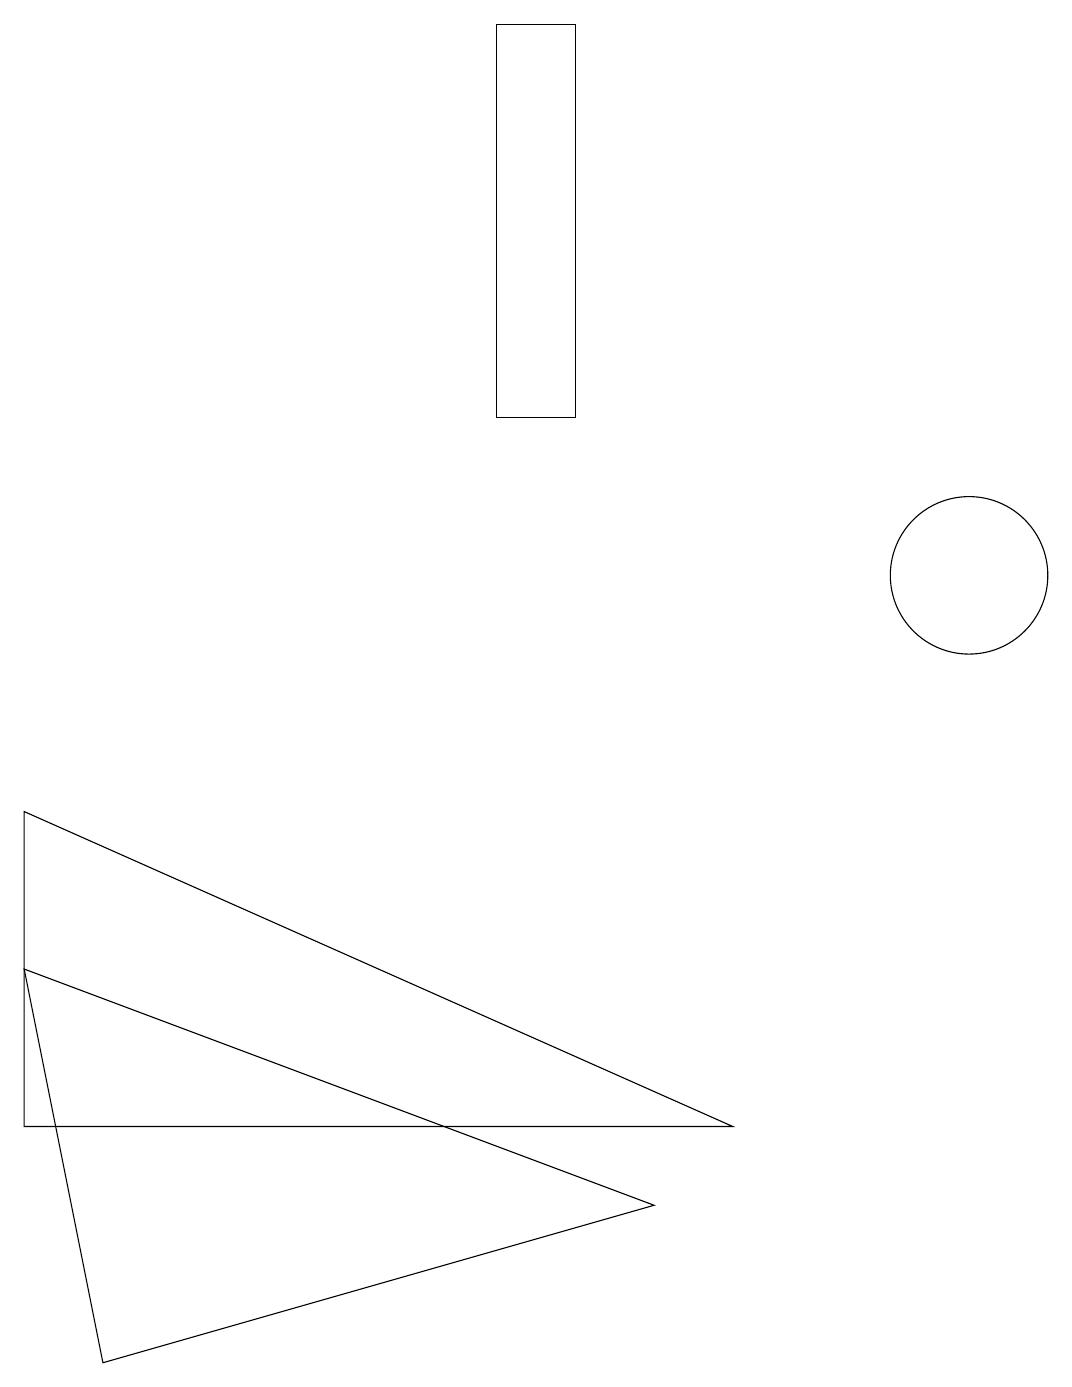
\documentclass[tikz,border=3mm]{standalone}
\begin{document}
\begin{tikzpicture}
\draw (12,10) circle (1);
\draw (7,12) rectangle (6,17);
\draw (0,3) -- (0,7) -- (9,3) -- cycle;
\draw (1,0) -- (8,2) -- (0,5) -- cycle;
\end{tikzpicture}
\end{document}